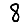
Digit: 8